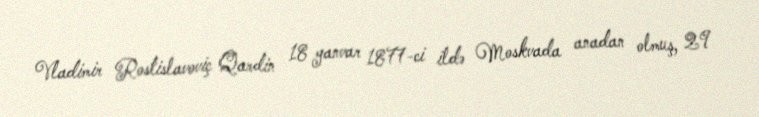
Vladimir Rostislavoviç Qardin 18 yanvar 1877-ci ildə Moskvada anadan olmuş, 29